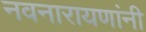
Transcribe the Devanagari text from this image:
नवनारायणांनी